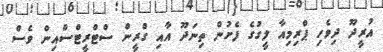
އުރީދޫ ދިވެހި ޕްރިމިއާ ލީގުގެ ފެށުން ތިނަދޫ އާއި ގްރީން ސްޓްރީޓްސްއިން ވެސް